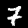
Label: 7